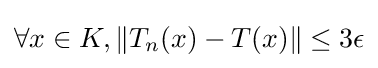
\forall x\in K,\|T_{n}(x)-T(x)\|\leq 3\epsilon